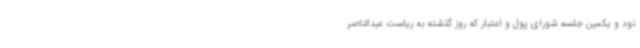
نود و یکمین جلسه شورای پول و اعتبار که روز گذشته به ریاست عبدالناصر